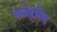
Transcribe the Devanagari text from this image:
फतेहसिह